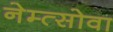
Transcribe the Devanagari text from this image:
नेम्त्सोवा